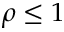
\rho \leq 1